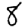
Digit: 8